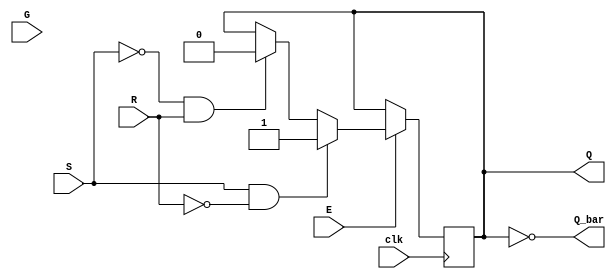
module Gated_SR_FF (
  input S,
  input R,
  input G,
  input E,
  input clk,
  output reg Q,
  output reg Q_bar
);

always @(posedge clk) begin
  if(E == 1'b1) begin
    if(G == 1'b1) begin
      if(S == 1'b1 && R == 1'b0)
        Q <= 1'b1;
      else if(S == 1'b0 && R == 1'b1)
        Q <= 1'b0;
    end else begin
      if(S == 1'b1 && R == 1'b0)
        Q <= 1'b1;
      else if(S == 1'b0 && R == 1'b1)
        Q <= 1'b0;
    end
  end
end

assign Q_bar = ~Q;

endmodule